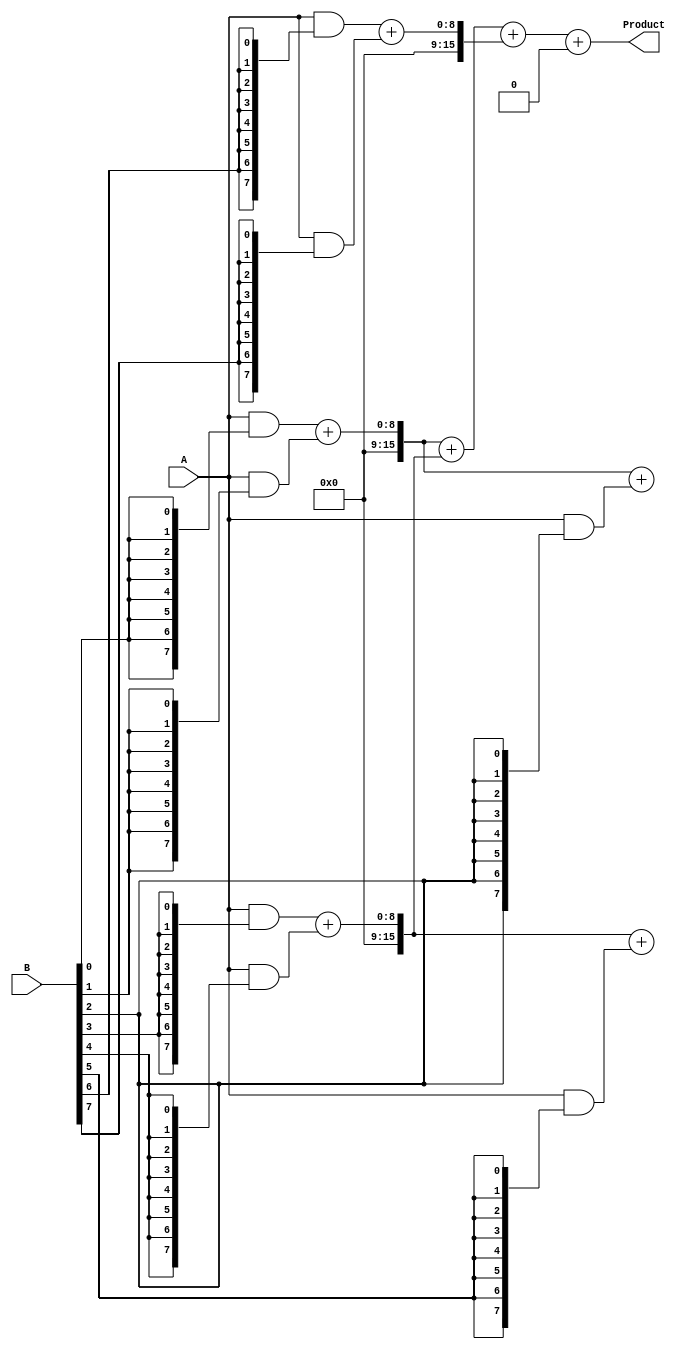
module WallaceTreeMultiplier #(parameter A_WIDTH = 8, B_WIDTH = 8)(
    input [A_WIDTH-1:0] A,
    input [B_WIDTH-1:0] B,
    output reg [A_WIDTH + B_WIDTH - 1:0] Product
);

    // Generate partial products
    wire [A_WIDTH-1:0] partial_products[B_WIDTH-1:0];

    genvar i;
    generate
        for (i = 0; i < B_WIDTH; i = i + 1) begin : pp_gen
            assign partial_products[i] = A & {A_WIDTH{B[i]}};
        end
    endgenerate

    // Carry-Save Adder (CSA) tree
    wire [A_WIDTH + B_WIDTH - 1:0] sum [0:2]; // Temporary sums
    wire [A_WIDTH + B_WIDTH - 1:0] carry [0:2]; // Temporary carries

    // Initial stage of CSA
    generate
        for (i = 0; i < B_WIDTH; i = i + 1) begin : csa_stage1
            if (i % 3 == 0) begin
                assign sum[i/3] = partial_products[i];
                assign carry[i/3] = 0;
            end else if (i % 3 == 1) begin
                assign sum[i/3] = sum[i/3] + partial_products[i];
                assign carry[i/3] = carry[i/3];
            end else begin
                assign {carry[i/3], sum[i/3]} = sum[i/3] + partial_products[i];
            end
        end
    endgenerate

    // Second stage of CSA
    wire [A_WIDTH + B_WIDTH - 1:0] final_sum;
    wire [A_WIDTH + B_WIDTH - 1:0] final_carry;

    assign final_sum = sum[0] + sum[1] + sum[2];
    assign final_carry = carry[0] + carry[1] + carry[2];

    // Final addition
    always @(*) begin
        Product = final_sum + final_carry;
    end

endmodule